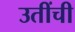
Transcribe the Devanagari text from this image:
उतींची